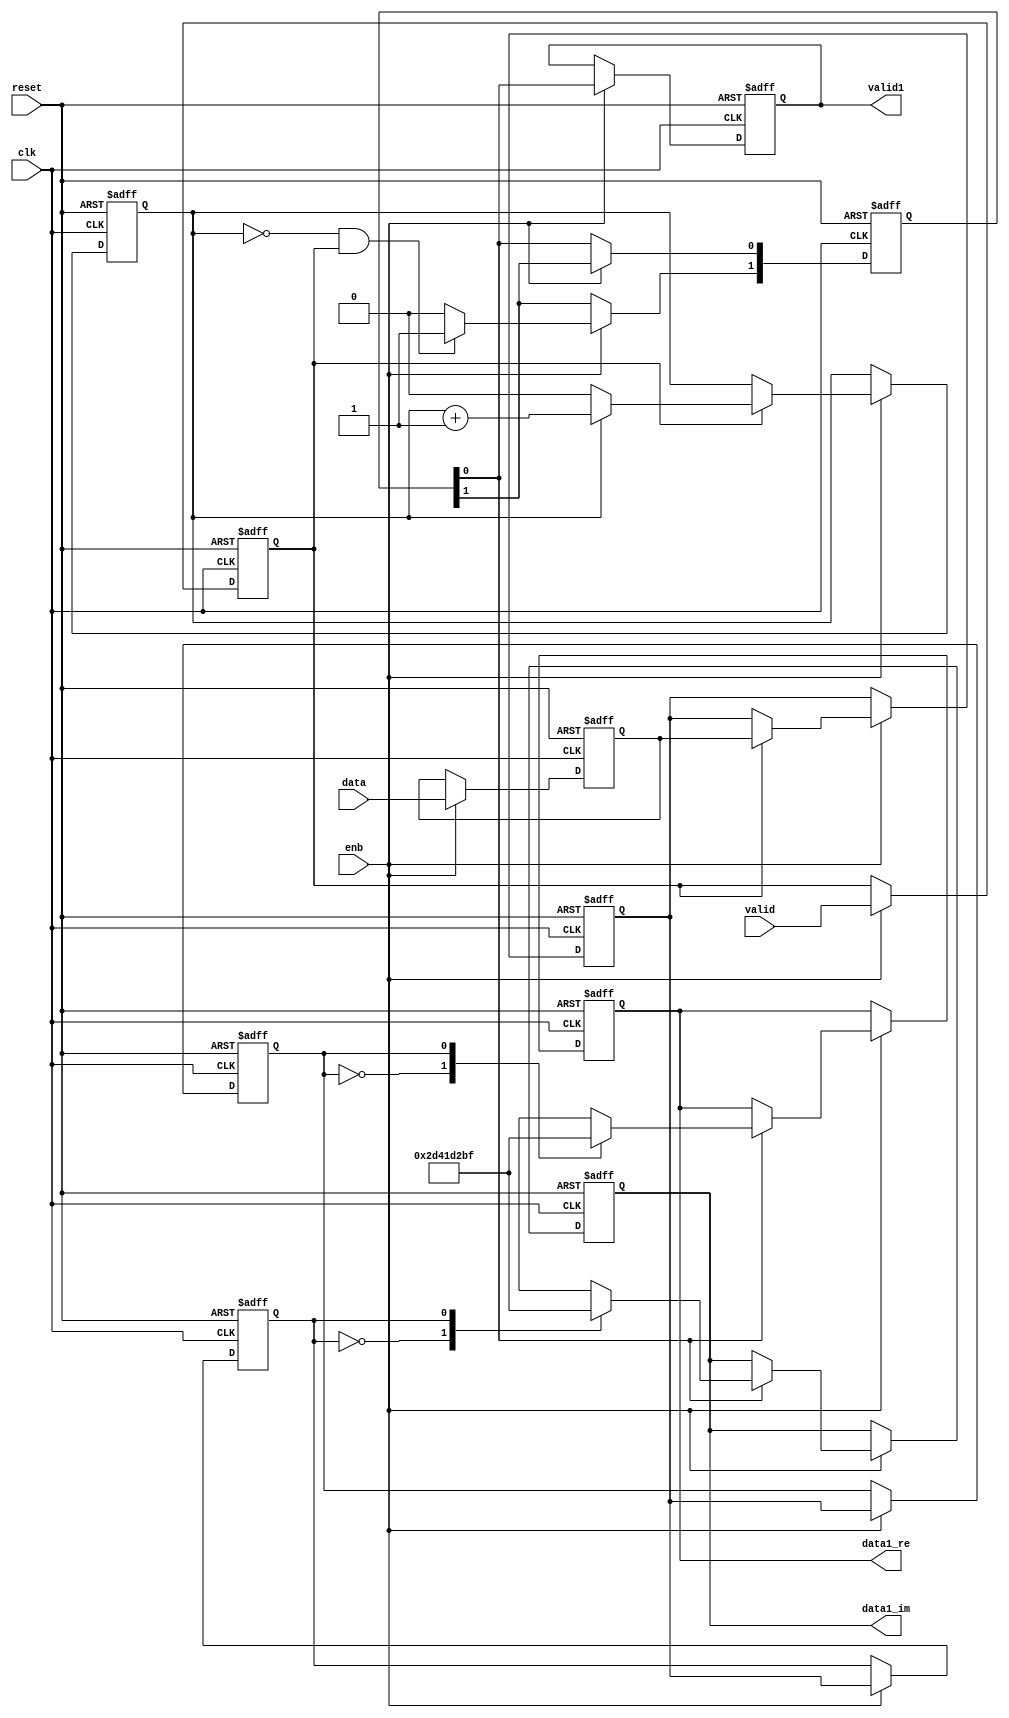
// -------------------------------------------------------------
// 
// 
// Generated by MATLAB 9.13 and HDL Coder 4.0
// 
// -------------------------------------------------------------


// -------------------------------------------------------------
// 
// Module: whdlOFDMTx_LTE_Symbol_Modulator_block
// Source Path: whdlOFDMTx/Frame Generator/Header/LTE Symbol Modulator
// Hierarchy Level: 5
// 
// -------------------------------------------------------------

`timescale 1 ns / 1 ns

module whdlOFDMTx_LTE_Symbol_Modulator_block
          (clk,
           reset,
           enb,
           data,
           valid,
           data1_re,
           data1_im,
           valid1);


  input   clk;
  input   reset;
  input   enb;
  input   data;
  input   valid;
  output  signed [15:0] data1_re;  // sfix16_En14
  output  signed [15:0] data1_im;  // sfix16_En14
  output  valid1;


  reg  obj_enbReg;
  wire obj_count;  // ufix1
  reg  obj_count_1;  // ufix1
  wire tmp;  // ufix1
  wire [1:0] p40tmp_add_temp;  // ufix2
  wire [1:0] p40tmp_1;  // ufix2
  wire tmp_1;
  wire tmp_2;  // ufix1
  wire tmp_3;  // ufix1
  wire tmp_4;
  wire out;
  wire out_1;
  wire tmp_5;
  reg  [0:1] obj_validReg_reg_reg;  // ufix1 [2]
  wire [0:1] obj_validReg_reg_reg_next;  // ufix1 [2]
  wire obj_validReg;
  reg  obj_dataInReg;
  reg  obj_shiftReg;
  wire tmp_6;
  wire tmp_7;  // ufix1
  reg  obj_Iaddr;  // ufix1
  wire signed [15:0] tmp_8;  // sfix16_En14
  wire signed [15:0] p21tmp_1 [0:1];  // sfix16_En14 [2]
  reg signed [15:0] obj_Ireg;  // sfix16_En14
  wire signed [15:0] tmp_9;  // sfix16_En14
  wire tmp_10;  // ufix1
  reg  obj_Qaddr;  // ufix1
  wire signed [15:0] tmp_11;  // sfix16_En14
  wire signed [15:0] p20tmp_1 [0:1];  // sfix16_En14 [2]
  reg signed [15:0] obj_Qreg;  // sfix16_En14
  wire signed [15:0] tmp_12;  // sfix16_En14
  wire signed [15:0] data_re;  // sfix16_En14
  wire signed [15:0] data_im;  // sfix16_En14
  reg  valid_1;


  always @(posedge clk or posedge reset)
    begin : obj_enbReg_reg_process
      if (reset == 1'b1) begin
        obj_enbReg <= 1'b0;
      end
      else begin
        if (enb) begin
          obj_enbReg <= valid;
        end
      end
    end



  // HDL code generation from MATLAB function: SystemCore_stepImpl_trueregionp36
  assign obj_count = 1'b0;



  // HDL code generation from MATLAB function: SystemCore_stepImpl
  // HDL code generation from MATLAB function: SystemCore_stepImpl_falseregionp36
  assign p40tmp_1 = {1'b0, obj_count_1};
  assign p40tmp_add_temp = p40tmp_1 + 2'b01;
  assign tmp = p40tmp_add_temp[0];



  assign tmp_1 = obj_count_1 == 1'b0;



  // HDL code generation from MATLAB function: SystemCore_stepImpl_trueregionp23
  assign tmp_2 = (tmp_1 == 1'b0 ? tmp :
              obj_count);



  assign tmp_3 = (obj_enbReg == 1'b0 ? obj_count_1 :
              tmp_2);



  always @(posedge clk or posedge reset)
    begin : obj_count_reg_process
      if (reset == 1'b1) begin
        obj_count_1 <= 1'b0;
      end
      else begin
        if (enb) begin
          obj_count_1 <= tmp_3;
        end
      end
    end



  assign tmp_4 = ( ~ obj_count_1) && obj_enbReg;



  // HDL code generation from MATLAB function: SystemCore_stepImpl_falseregionp27
  assign out = 1'b0;



  // HDL code generation from MATLAB function: SystemCore_stepImpl_trueregionp27
  assign out_1 = 1'b1;



  assign tmp_5 = (tmp_4 == 1'b0 ? out :
              out_1);



  always @(posedge clk or posedge reset)
    begin : obj_validReg_reg_process
      if (reset == 1'b1) begin
        obj_validReg_reg_reg[0] <= 1'b0;
        obj_validReg_reg_reg[1] <= 1'b0;
      end
      else begin
        if (enb) begin
          obj_validReg_reg_reg[0] <= obj_validReg_reg_reg_next[0];
          obj_validReg_reg_reg[1] <= obj_validReg_reg_reg_next[1];
        end
      end
    end

  assign obj_validReg = obj_validReg_reg_reg[1];
  assign obj_validReg_reg_reg_next[0] = tmp_5;
  assign obj_validReg_reg_reg_next[1] = obj_validReg_reg_reg[0];



  // HDL code generation from MATLAB function: SystemCore_stepImpl_trueregionp32
  always @(posedge clk or posedge reset)
    begin : obj_dataInReg_reg_process
      if (reset == 1'b1) begin
        obj_dataInReg <= 1'b0;
      end
      else begin
        if (enb) begin
          obj_dataInReg <= data;
        end
      end
    end



  assign tmp_6 = (obj_enbReg == 1'b0 ? obj_shiftReg :
              obj_dataInReg);



  always @(posedge clk or posedge reset)
    begin : obj_shiftReg_reg_process
      if (reset == 1'b1) begin
        obj_shiftReg <= 1'b0;
      end
      else begin
        if (enb) begin
          obj_shiftReg <= tmp_6;
        end
      end
    end



  assign tmp_7 = obj_shiftReg;



  always @(posedge clk or posedge reset)
    begin : obj_Iaddr_reg_process
      if (reset == 1'b1) begin
        obj_Iaddr <= 1'b0;
      end
      else begin
        if (enb) begin
          obj_Iaddr <= tmp_7;
        end
      end
    end



  assign p21tmp_1[0] = 16'sb0010110101000001;
  assign p21tmp_1[1] = 16'sb1101001010111111;
  assign tmp_8 = p21tmp_1[obj_Iaddr];



  assign tmp_9 = (obj_validReg == 1'b0 ? obj_Ireg :
              tmp_8);



  always @(posedge clk or posedge reset)
    begin : obj_Ireg_reg_process
      if (reset == 1'b1) begin
        obj_Ireg <= 16'sb0000000000000000;
      end
      else begin
        if (enb) begin
          obj_Ireg <= tmp_9;
        end
      end
    end



  assign tmp_10 = obj_shiftReg;



  always @(posedge clk or posedge reset)
    begin : obj_Qaddr_reg_process
      if (reset == 1'b1) begin
        obj_Qaddr <= 1'b0;
      end
      else begin
        if (enb) begin
          obj_Qaddr <= tmp_10;
        end
      end
    end



  assign p20tmp_1[0] = 16'sb0010110101000001;
  assign p20tmp_1[1] = 16'sb1101001010111111;
  assign tmp_11 = p20tmp_1[obj_Qaddr];



  assign tmp_12 = (obj_validReg == 1'b0 ? obj_Qreg :
              tmp_11);



  always @(posedge clk or posedge reset)
    begin : obj_Qreg_reg_process
      if (reset == 1'b1) begin
        obj_Qreg <= 16'sb0000000000000000;
      end
      else begin
        if (enb) begin
          obj_Qreg <= tmp_12;
        end
      end
    end



  assign data_re = obj_Ireg;
  assign data_im = obj_Qreg;



  assign data1_re = data_re;

  assign data1_im = data_im;

  always @(posedge clk or posedge reset)
    begin : obj_validRegReg_reg_process
      if (reset == 1'b1) begin
        valid_1 <= 1'b0;
      end
      else begin
        if (enb) begin
          valid_1 <= obj_validReg;
        end
      end
    end



  assign valid1 = valid_1;

endmodule  // whdlOFDMTx_LTE_Symbol_Modulator_block